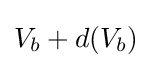
V_{b}+d(V_{b})